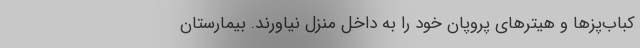
کباب‌پزها و هیترهای پروپان خود را به داخل منزل نیاورند. بیمارستان